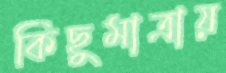
কিছুমাত্রায়